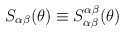
\begin{align*}S_{\alpha \beta }(\theta )\equiv S_{\alpha \beta }^{\alpha \beta }(\theta )\end{align*}